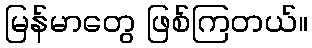
မြန်မာတွေ ဖြစ်ကြတယ်။